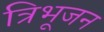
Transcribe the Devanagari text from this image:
त्रिभूजन